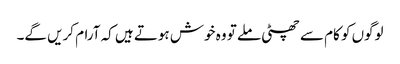
لوگوں کو کام سے چھٹی ملے تو وہ خوش ہوتے ہیں کہ آرام کریں گے۔